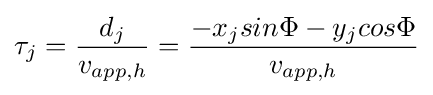
\tau _{j}={\frac {d_{j}}{v_{app,h}}}={\frac {-x_{j}sin\Phi -y_{j}cos\Phi }{v_{app,h}}}